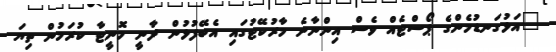
"އަޅުގަނޑުމެންގެ ޕޯސްޓެއް ވެސް އިންނާނެ މާރުކޭޓުގައި އެބޭފުޅުން ދާނީ މޮނީޓާ ކުރަމުން ތިޔަ